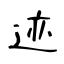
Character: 迹